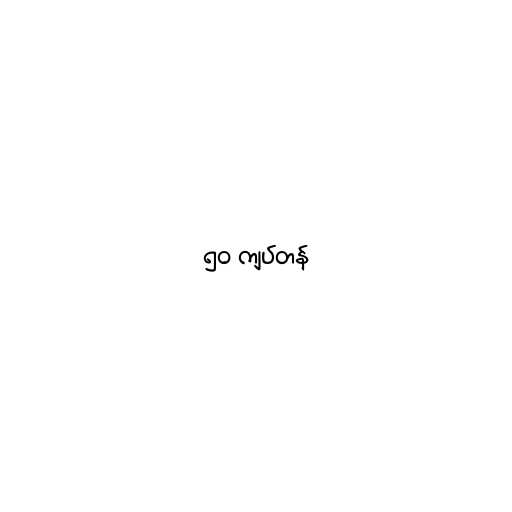
၅၀ ကျပ်တန်